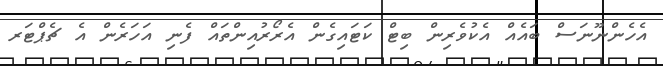
އެހެންނޫނަސް ބައެއް އެކުވެރިން ބިޓް ކަޓައިގެން އެރޯރުއިންތައް ފެނި އަހަރެން އެ ޗެޕްޓަރ